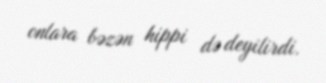
onlara bəzən hippi də deyilirdi.